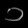
Digit: ၁